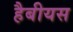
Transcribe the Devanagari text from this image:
हैबीयस